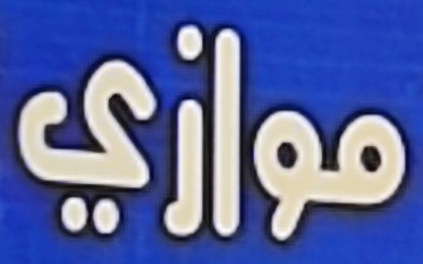
موازي